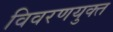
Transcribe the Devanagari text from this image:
विवरणयुक्त